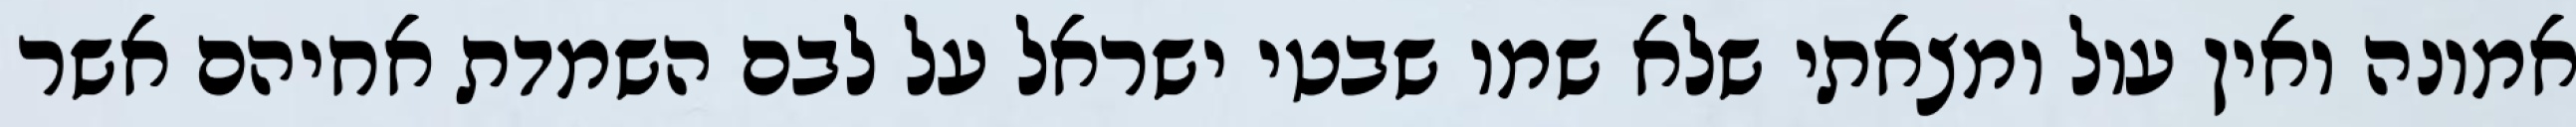
אמונה ואין עול ומצאתי שלא שמו שבטי ישראל על לבם השמדת אחיהם אשר